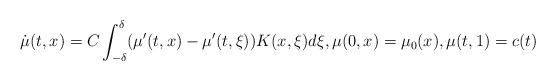
LaTeX: \begin{align*}\dot \mu(t,x)=C\int_{-\delta}^\delta(\mu'(t,x)-\mu'(t,\xi))K(x,\xi)d\xi, \mu(0,x)=\mu_0(x), \mu(t,1)=c(t)\end{align*}